Civil Veterinary Department Bihar & Orissa reports 1929-36 - 1929-1936
Year: 1929
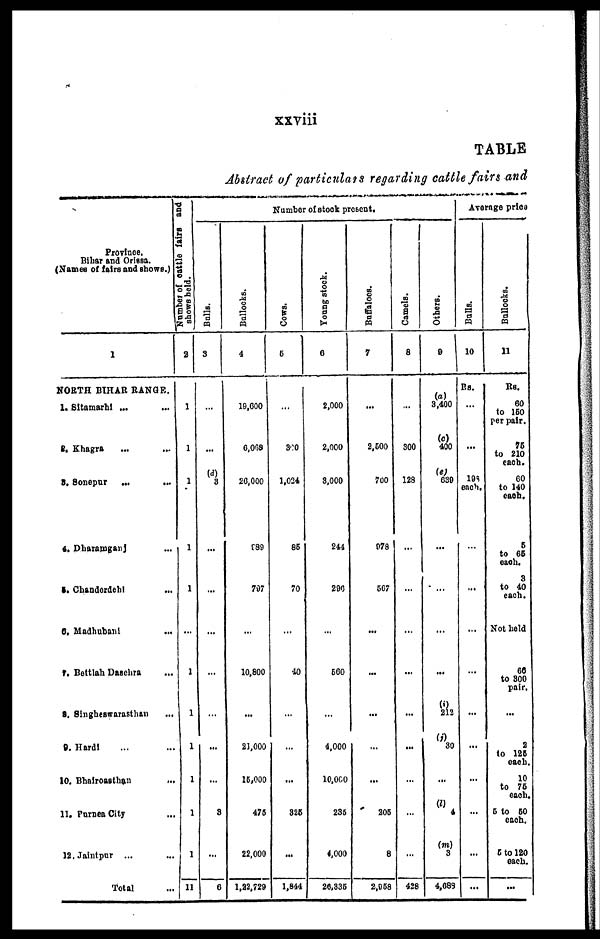
xxviii
TABLE
Abstract of particulars regarding cattle fairs and
Province.
Bihar and Orissa.
(Names of fairs and shows.)
1
NORTH BIHAR RANGE.
1. Sitamarhi ... ...
2. Khagra ... ...
3. Sonepur ... ...
4.
Dharamganj
...
5. Chanderdehi
...
6. Madhubani ...
7. Bettlah Dasehra ...
8. Singheswarasthan ...
9. Hardi ... ...
10. Bhairoasthan ...
11. Purnea City ...
12. Jaintpur ... ...
Total
Number of cattle fairs and
shows held.
2
1
1
1
1
1
...
1
1
1
1
1
1
11
Number of stock present.
Bulls.
3
...
...
(d)
8
...
...
...
...
...
8
...
6
Bullocks.
4
10,000
0.008
20,000
f89
707
...
10,800
...
21,000
16,000
476
22,000
1,22,729
Cows.
5
...
300
1,024
86
70
...
40
...
826
1,844
Young stock.
6
2,000
2,000
8.000
244
200
...
560
...
4,000
10,000
286
4,000
20,335
Buffaloes.
7
...
2,600
700
078
607
...
...
...
...
...
206
8
2,068
Camels.
8
...
300
128
...
...
...
...
...
428
Others.
9
(a)
3,400
(c)
400
(e)
030
...
...
(i)
212
(l)
30
...
(l)
4
(m)
3
4,688
Average price
Bulls.
10
Rs.
...
...
193
each.
...
...
...
...
...
...
...
...
...
Bullocks.
11
Rs.
60
to 160
per pair.
76
to 210
each.
60
to 140
each.
6
to 66
each.
8
to 40
each.
Not held
66
to 300
pair.
...
2
to 125
each.
10
to 76
each.
6 to 60
each.
6 to 120
each.
...